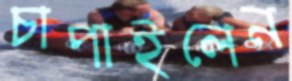
চাপাইলেন